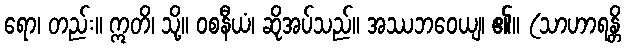
ရော၊ တည်း။ ဣတိ၊ သို့။ ဝစနီယံ၊ ဆိုအပ်သည်။ အဿဘဝေယျ၊ ၏။ (သာဟာရန္တိ